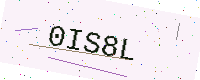
Text: 0IS8L